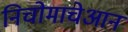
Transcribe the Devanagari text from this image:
निचोमाचेआन